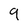
Character: 9